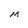
Character: M